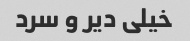
خیلی دیر و سرد